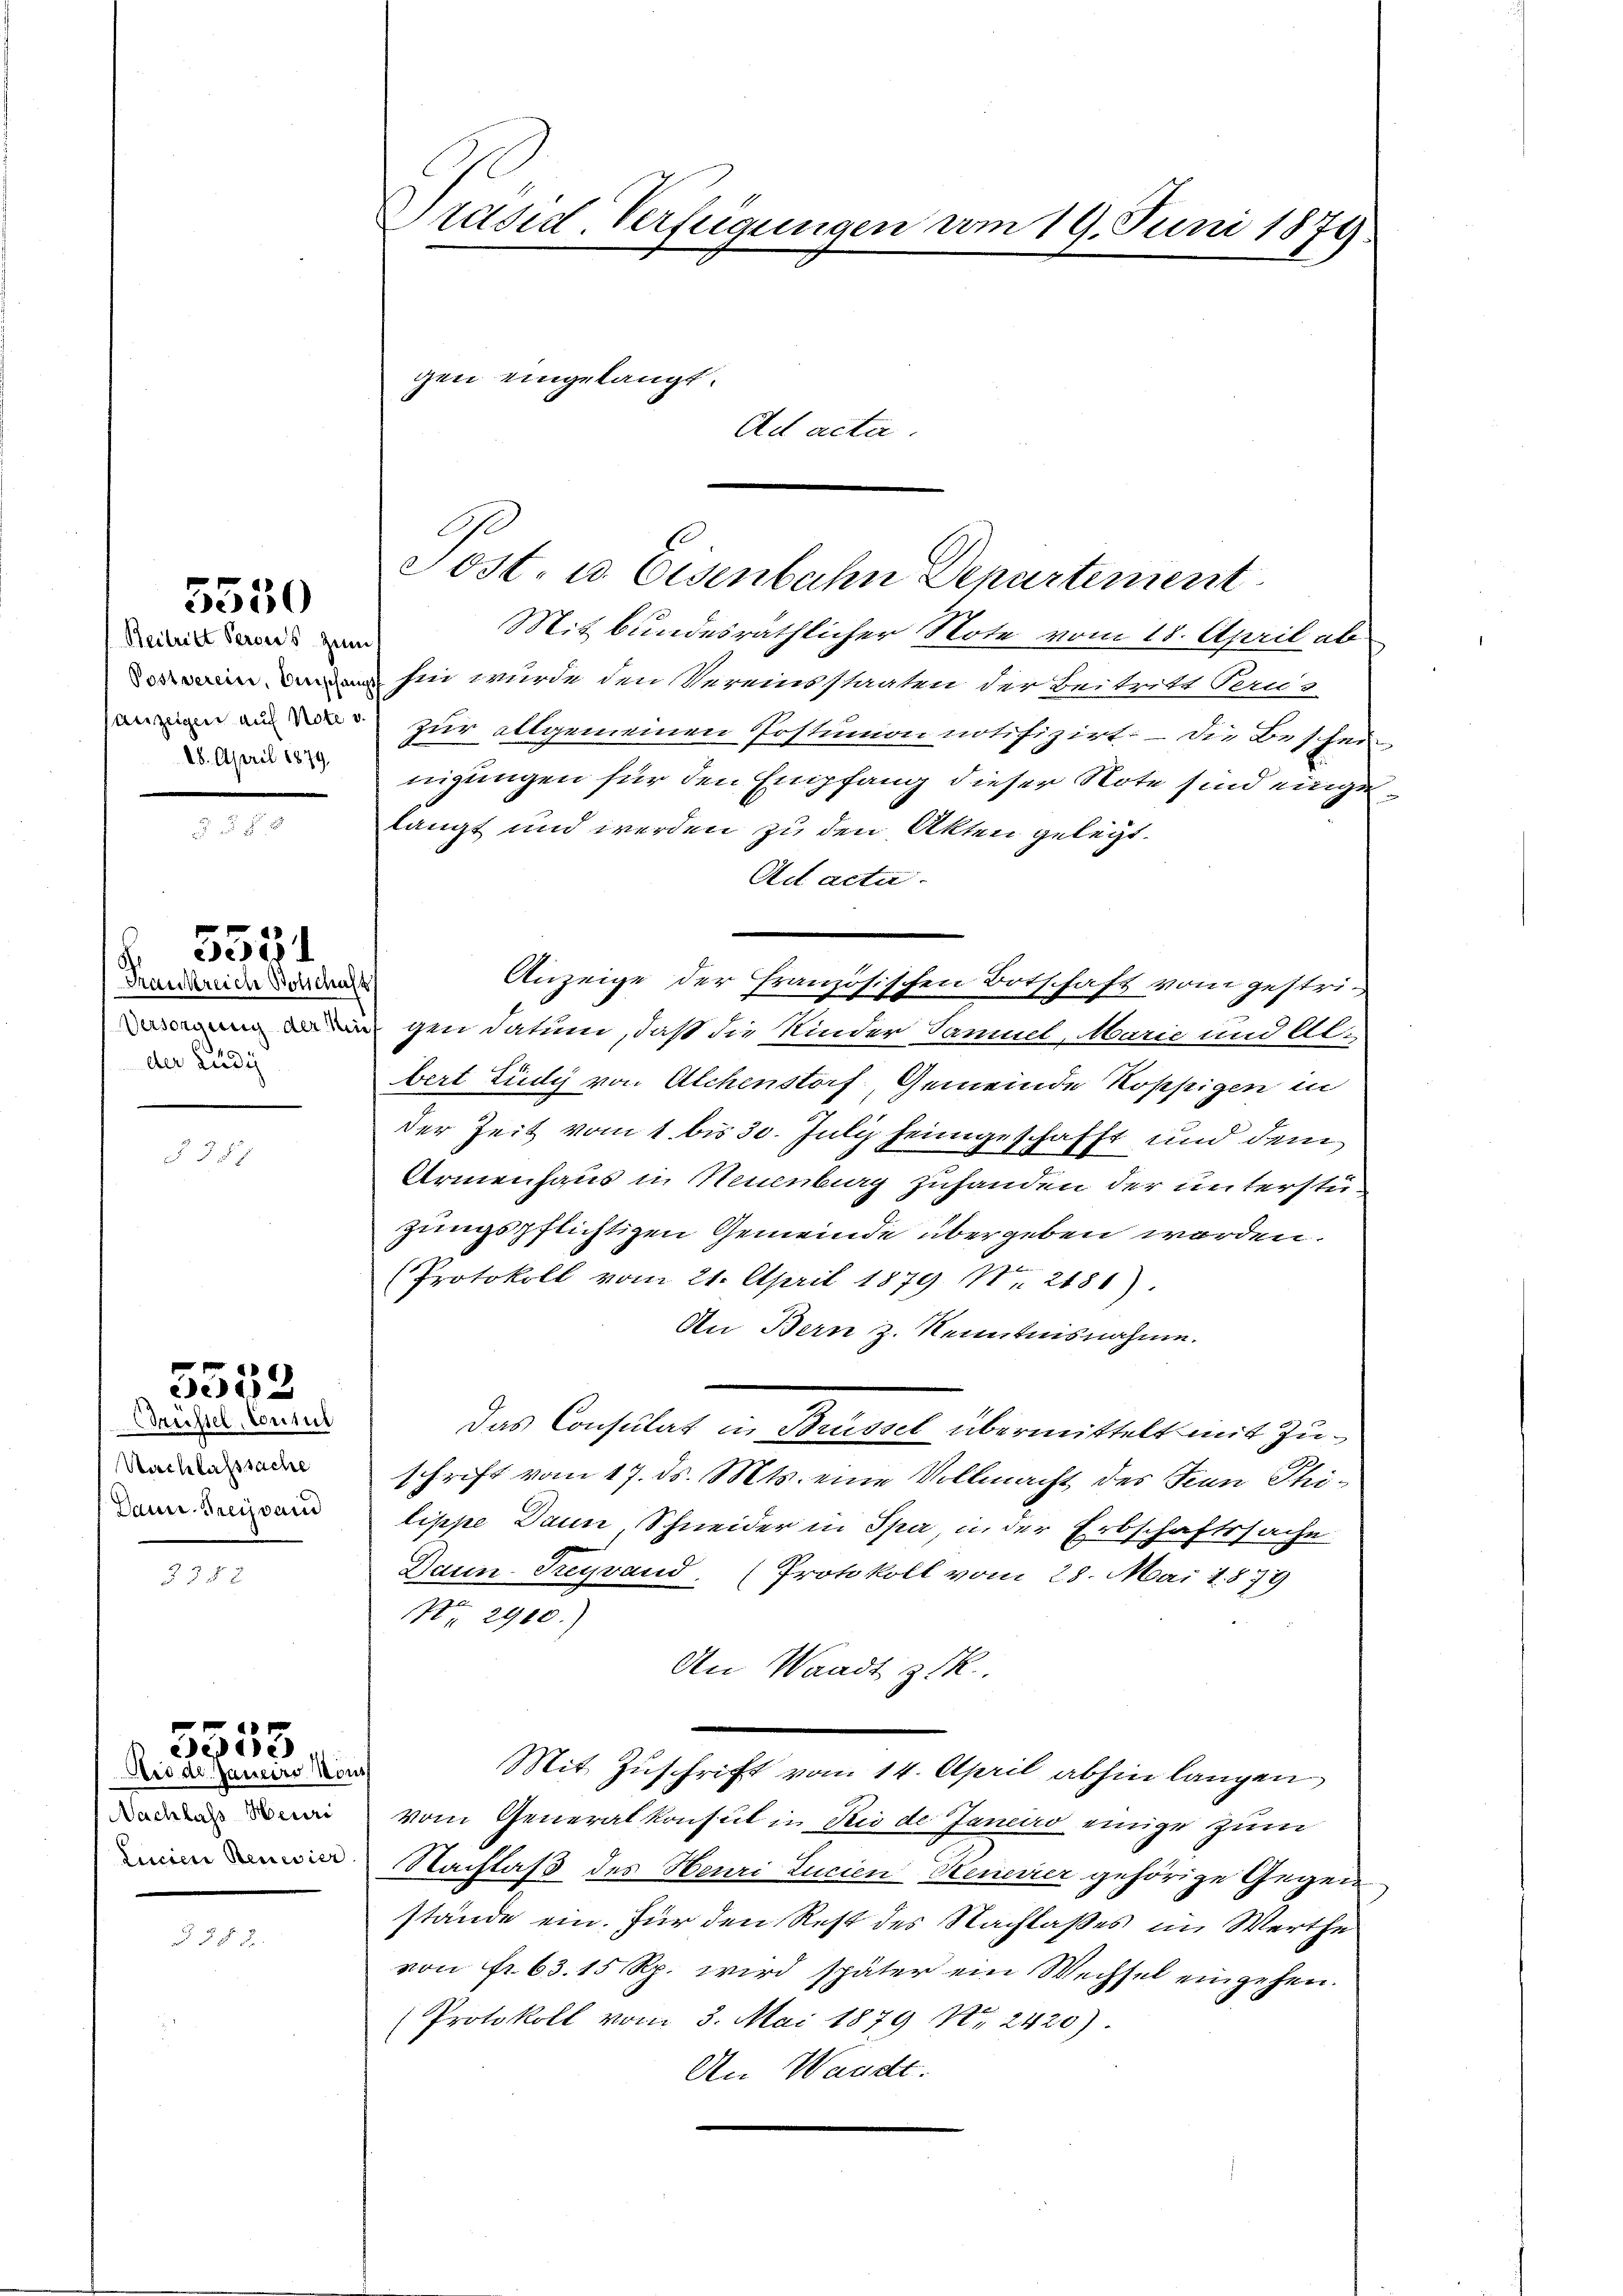
Beitritt Perones zum
Postverein, Crischen
28. April 1879.

5550

Frankreich Bolschaft
der Ludi

5531

3381

Müstel, Contul
Nachlasssache
Daur. Preissar

5552

328 x

Nachlass Heuri
Linien Benevier

f
3535
Aid de Janeiro Mon

§ §. 8.

Präsid. Verfügungen vom 19. Juni 1879.

A
Sost- u. Eisenbahn Departement

gen eingelangt.
Ad acta.

Mitbundesräthlicher Note vom 18. April ab
 xx
hin wurde den Vereinsstaaten der Beitritt Perus
n an zur allgemeinen Erstamen notifiziert. – Die Beschei-
nigungen für den Empfang dieser Note sind eingelangt und werden zu den Akten gelegt.
Ad acta.
Anzeige der französischen Botschaft vom gestric
gen datum, daß die Kinder Samuel, Marie und Al-
bert Lüdy von Alchenstorf, Gemeinde Koppigen in
der Zeit vom 1. bis 30. Juli heimgeschafft und dem
Armenhaus in Neuenburg zuhanden der unterstüzungspflichtigen Gemeinde übergeben werden.
(Protokoll vom 21. April 1879 No 2181).
An Bern z. Kenntnisnahme.
Das Consulat in Brüssel übermittelt mit Zuschrift vom 17. ds. Mts. eine Vollmacht des Jean Philippe Dann, Schneider in Spa, in der Erbschaftssache
Dann Freyvand. (Protokoll vom 28. Mai 1879
Nr. 2900.)
An Waadt zuk
Mit Zuschrift vom 14. April abhin langen
vom Generalkonsul in Rio de Janeiro einige zum
Nachlaß des Heuri Lucien Steuerrer gehörige Gegen
stände ein. Für den Rest des Nachlaßes im Werthe
von fr. 63. 15 Rp. wird später ein Wechsel eingehen.
Protokoll vom 3. Mai 1879 No 2420)
An Waadt.